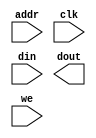
module DataRAM(
	addr,
	clk,
	din,
	dout,
	we);


input [5 : 0] addr;
input clk;
input [31 : 0] din;
output [31 : 0] dout;
input we;

// synthesis translate_off

      BLKMEMSP_V6_2 #(
		.c_addr_width(6),
		.c_default_data("0"),
		.c_depth(64),
		.c_enable_rlocs(0),
		.c_has_default_data(1),
		.c_has_din(1),
		.c_has_en(0),
		.c_has_limit_data_pitch(0),
		.c_has_nd(0),
		.c_has_rdy(0),
		.c_has_rfd(0),
		.c_has_sinit(0),
		.c_has_we(1),
		.c_limit_data_pitch(18),
		.c_mem_init_file("mif_file_16_1"),
		.c_pipe_stages(0),
		.c_reg_inputs(0),
		.c_sinit_value("0"),
		.c_width(32),
		.c_write_mode(0),
		.c_ybottom_addr("0"),
		.c_yclk_is_rising(1),
		.c_yen_is_high(1),
		.c_yhierarchy("hierarchy1"),
		.c_ymake_bmm(0),
		.c_yprimitive_type("16kx1"),
		.c_ysinit_is_high(1),
		.c_ytop_addr("1024"),
		.c_yuse_single_primitive(0),
		.c_ywe_is_high(1),
		.c_yydisable_warnings(1))
	inst (
		.ADDR(addr),
		.CLK(clk),
		.DIN(din),
		.DOUT(dout),
		.WE(we),
		.EN(),
		.ND(),
		.RFD(),
		.RDY(),
		.SINIT());


// synthesis translate_on

// XST black box declaration
// box_type "black_box"
// synthesis attribute box_type of DataRAM is "black_box"

endmodule